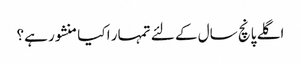
اگلے پانچ سال کے لئے تمہار ا کیا منشور ہے؟